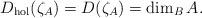
LaTeX: \begin{align*}D_{\rm hol}(\zeta_A)=D(\zeta_A)=\dim_BA.\end{align*}